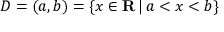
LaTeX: D = ( a , b ) = \{ x \in \mathbf { R } \, | \, a < x < b \} \quad